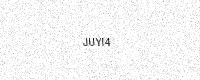
Text: JUYI4